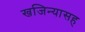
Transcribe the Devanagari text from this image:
खजिन्यासह